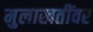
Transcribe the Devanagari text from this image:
मुलाखतींवर